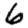
Digit: 6